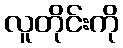
လူတိုင်းကို